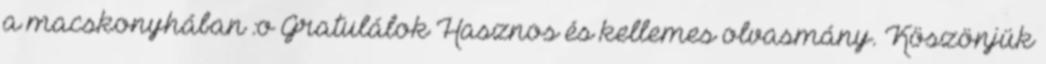
a macskonyhában :o Gratulálok Hasznos és kellemes olvasmány. Köszönjük